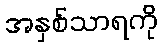
အနှစ်သာရကို